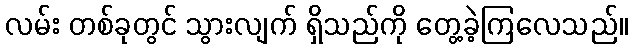
လမ်း တစ်ခုတွင် သွားလျက် ရှိသည်ကို တွေ့ခဲ့ကြလေသည်။